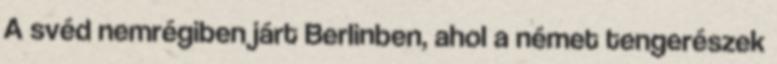
A svéd nemrégiben járt Berlinben, ahol a német tengerészek